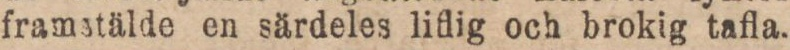
framstälde en särdeles liflig och brokig tafla.